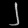
Digit: ၂